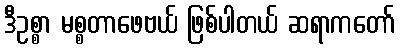
ဒီဥစ္စာ မစ္စတာဖေဗယ် ဖြစ်ပါတယ် ဆရာကတော်